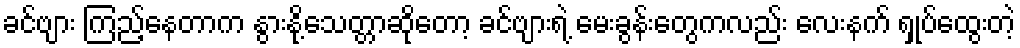
ခင်ဗျား ကြည့်နေတာက နွားနို့သေတ္တာဆိုတော့ ခင်ဗျားရဲ့ မေးခွန်းတွေကလည်း လေးနက် ရှုပ်ထွေးတဲ့